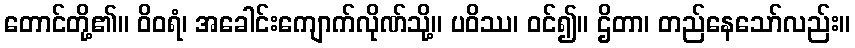
တောင်တို့၏။ ဝိဝရံ၊ အခေါင်းကျောက်လိုဏ်သို့။ ပဝိဿ၊ ဝင်၍။ ဌိတာ၊ တည်နေသော်လည်း။